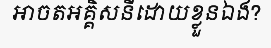
អាចតអគ្គិសនីដោយខ្លួនឯង?